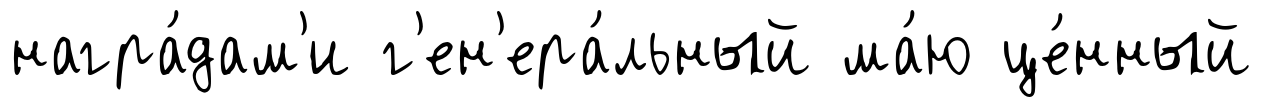
награ́дам'и г'ен'ера́льный ма́ю це́нный